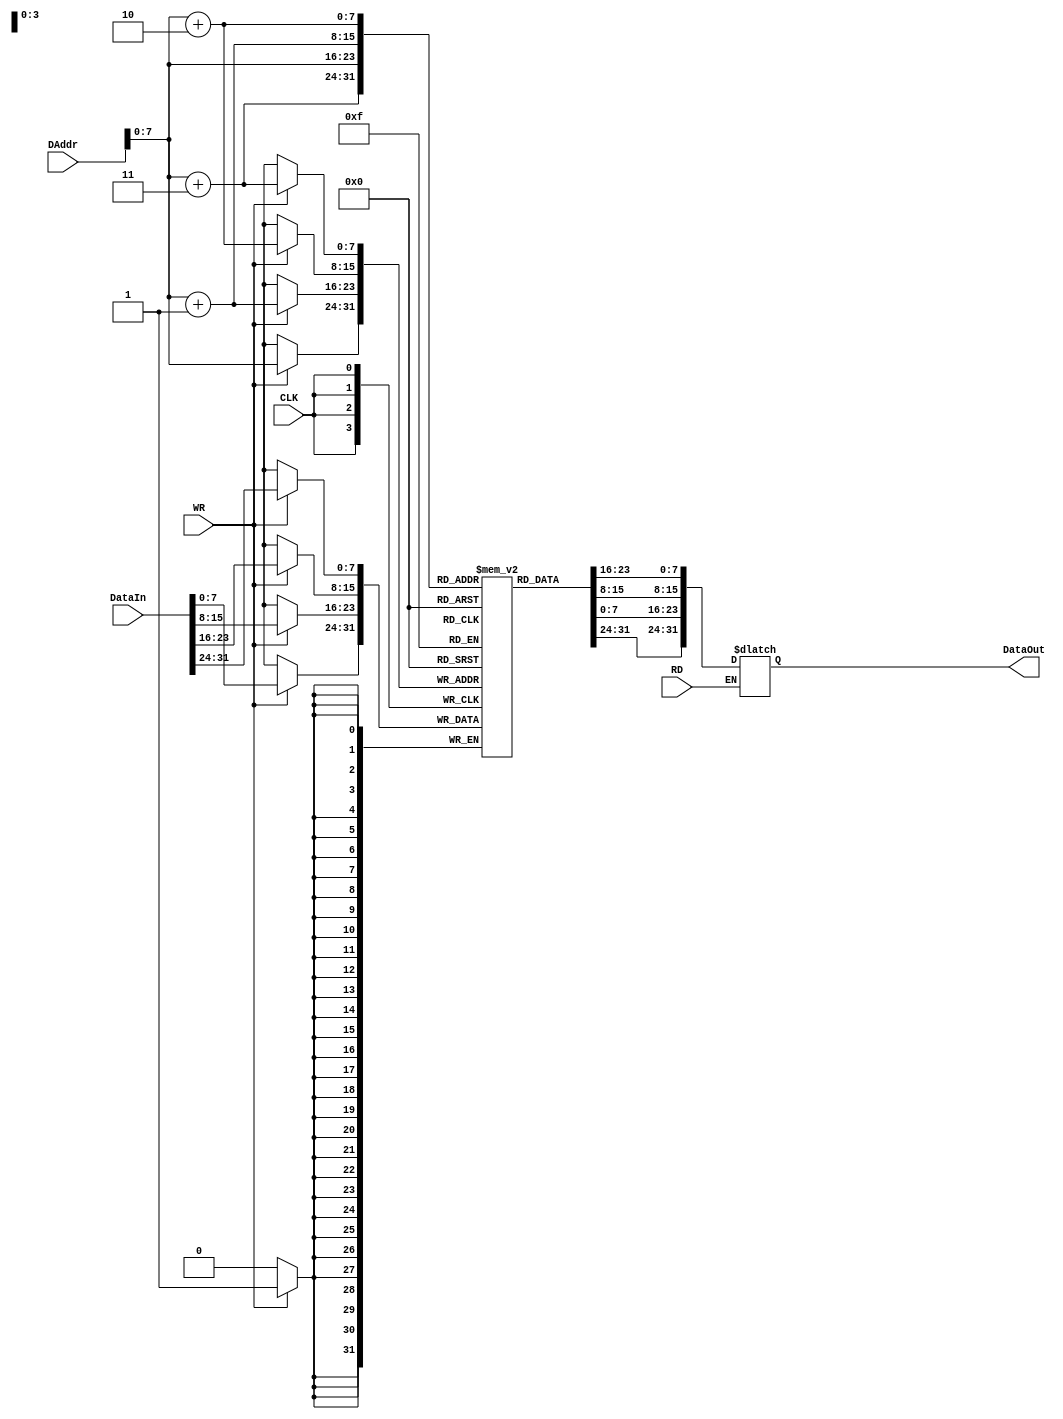
`timescale 1ns / 1ps
//////////////////////////////////////////////////////////////////////////////////
// Company: 
// Engineer: 
// 
// Design Name: 
// Module Name: DataMEM
// Project Name: 
// Target Devices: 
// Tool Versions: 
// Description: 
// 
// Dependencies: 
// 
// Revision:
// Revision 0.01 - File Created
// Additional Comments:
// 
//////////////////////////////////////////////////////////////////////////////////


module DataMEM(
    input[31:0] DAddr,
    input[31:0] DataIn,
    input CLK,
    input RD,
    input WR,
    output reg[31:0] DataOut
    );
    //required to be reg[7:0]
    reg[7:0] registers[255:0];
    
    always@(RD or DAddr)
    begin
        if(RD)
        begin
            DataOut = {registers[DAddr + 3],  registers[DAddr + 2],  registers[DAddr + 1],  registers[DAddr]};
        end
    end 
    
    always@(posedge CLK)
    begin
        if(WR)
        begin
            registers[DAddr + 3] <= DataIn[31:24];
            registers[DAddr + 2] <= DataIn[23:16];
            registers[DAddr + 1] <= DataIn[15:8];
            registers[DAddr] <=     DataIn[7:0];
        end
    end                
endmodule